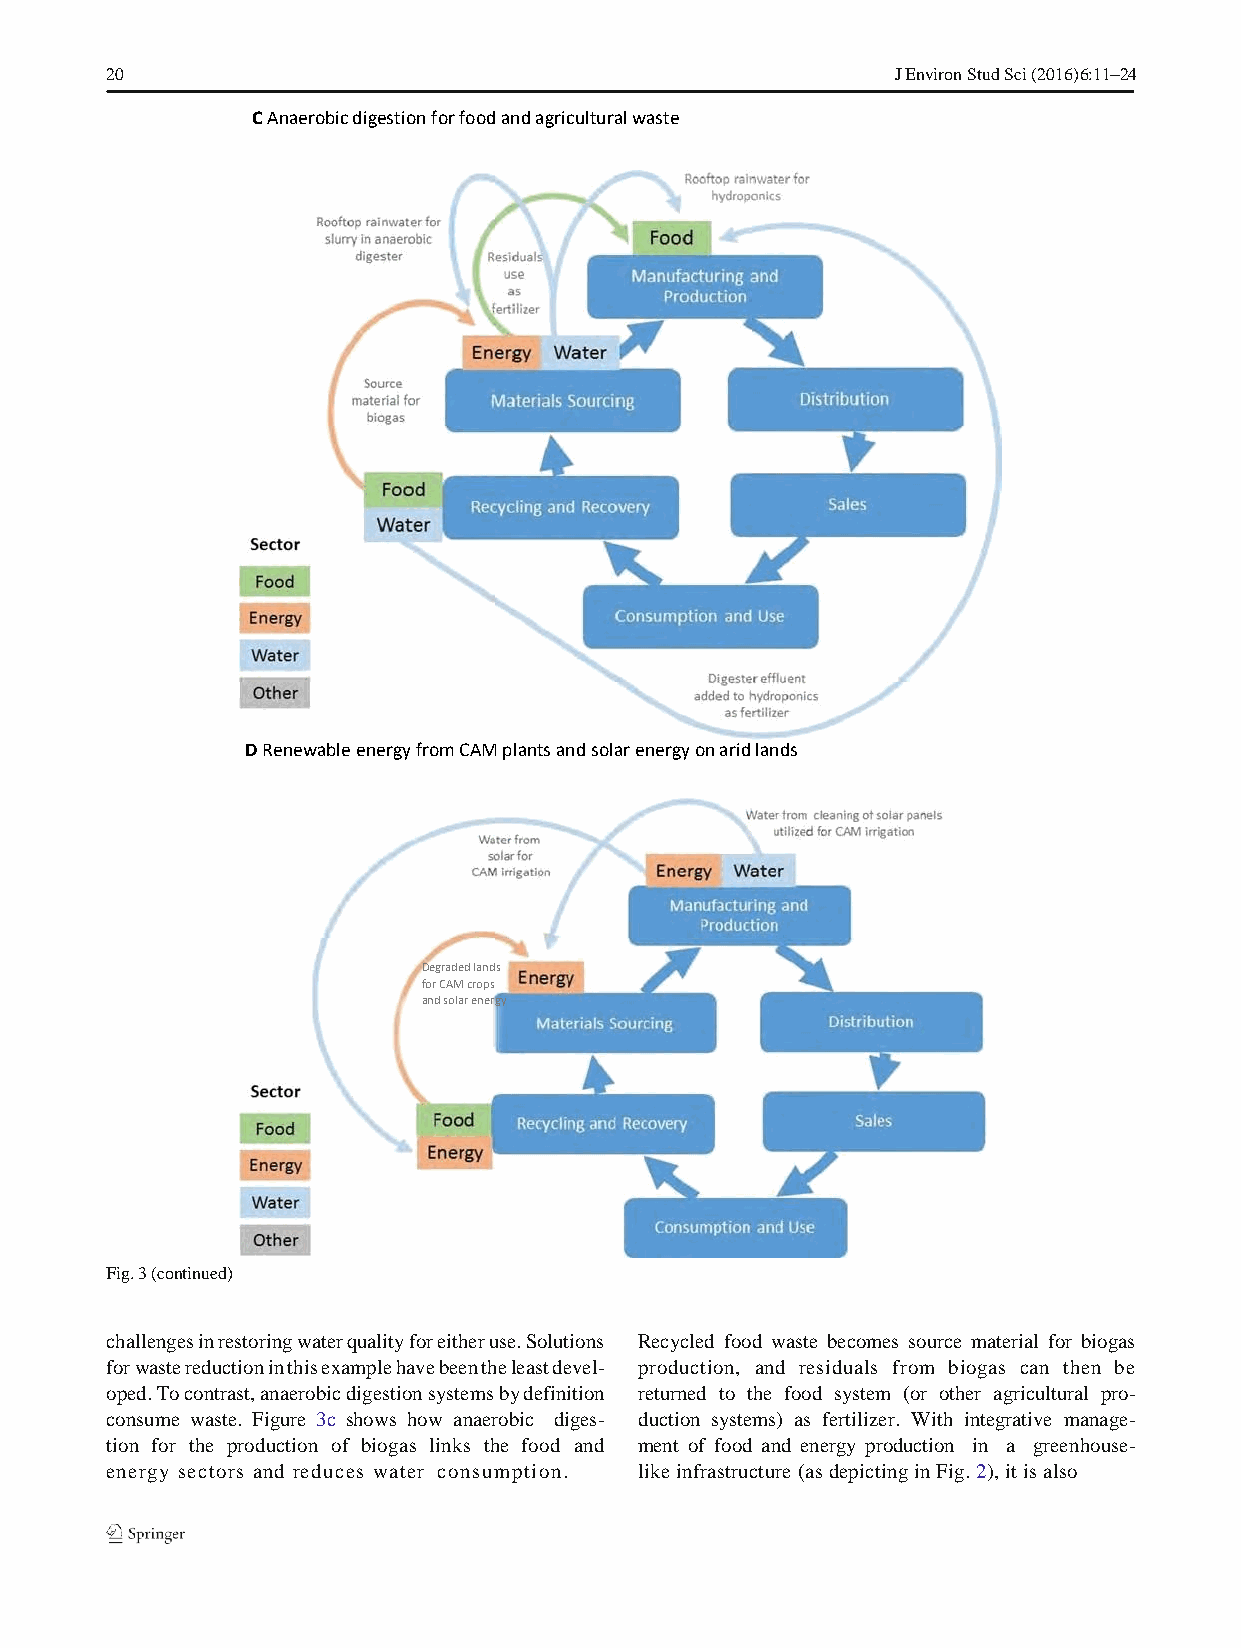
20                                                  J Environ Stud Sci (2016) 6:11–24
 C Anaerobic digestion for food and agricultural waste
 D Renewable energy from CAM plants and solar energy on arid lands
 Degraded lands
 for CAM crops
 and solar energy
 Fig. 3 (continued)
 challenges in restoring water quality for either use. Solutions Recycled food waste becomes source material for biogas
 for waste reduction in this example have been the least devel- production, and residuals from biogas can then be
 oped. To contrast, anaerobic digestion systems by definition returned to the food system (or other agricultural pro-
 consume waste. Figure 3c shows how anaerobic diges- duction systems) as fertilizer. With integrative manage-
 tion for the production of biogas links the food and ment of food and energy production in a greenhouse-
 energy sectors and reduces water consumption. like infrastructure (as depicting in Fig. 2), it is also